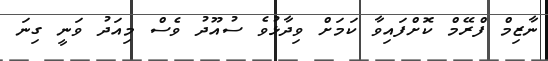
ނާޒިމް ފްރޭމް ކޮށްފައިވާ ކަމަށް ވިދާޅުވެ ސުއޫދު ވެސް މިއަދު ވަނީ ގިނަ